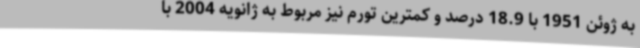
به ژوئن 1951 با 18.9 درصد و کمترین تورم نیز مربوط به ژانویه 2004 با